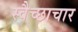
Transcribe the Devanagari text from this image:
स्‍वैच्‍छाचार